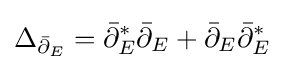
\Delta _{{\bar {\partial }}_{E}}={\bar {\partial }}_{E}^{*}{\bar {\partial }}_{E}+{\bar {\partial }}_{E}{\bar {\partial }}_{E}^{*}